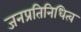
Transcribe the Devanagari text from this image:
जनप्रतिनिधित्व